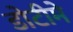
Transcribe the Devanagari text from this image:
डोटीमे